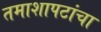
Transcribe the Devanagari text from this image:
तमाशापटांचा